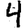
Digit: 4